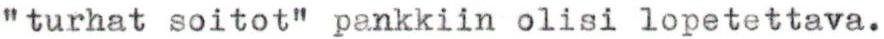
"turhat soitot" pankkiin olisi lopetettava.